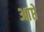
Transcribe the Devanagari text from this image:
आप्ते